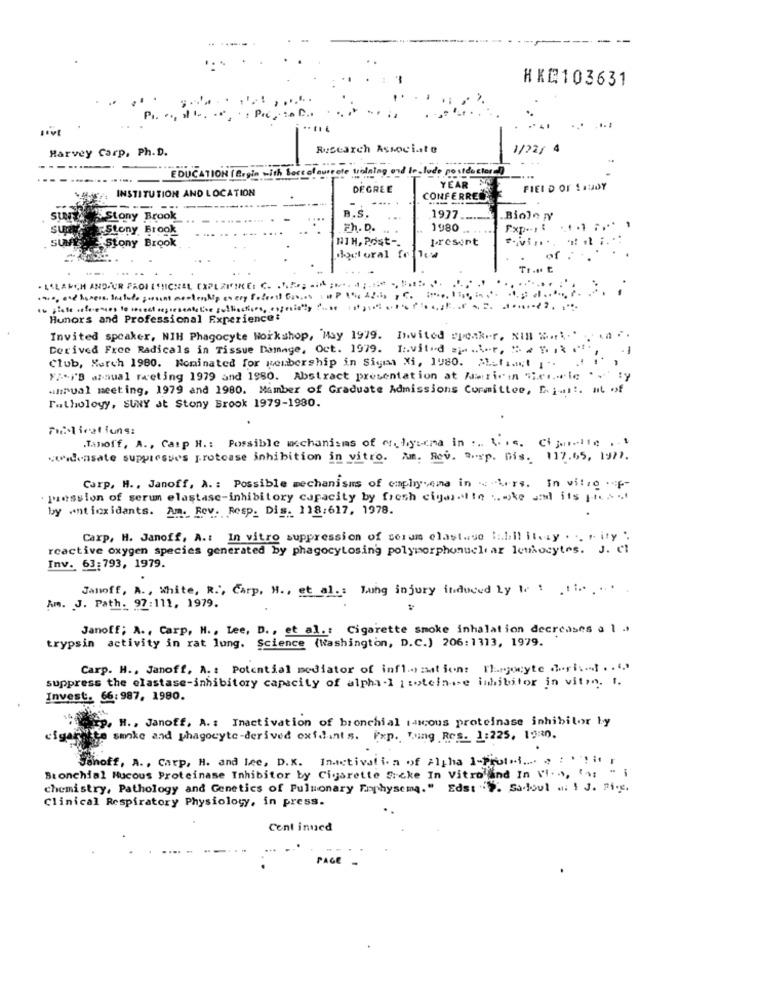
--
HKQ103631
.. ...
Harvey Carp, Ph. D.
Research Associate
1/22/ 4
-------
EDUCATION ( Ergin with face of ourrete woning and include postdoclos!)
.---.....
INSTITUTION AND LOCATION
DEGREE
YEAR
FIELD OF SHADY
CONFERRED
SUNY Stony Brook
B.S.
1977 ..
sur
Stony Brook
Fh. D.
1980
Fxp ··: :
SU
Stony Brook
NIH, Post -.
present
Fivi ...
doctoral fr lua
of
. LALANCH ANDFUR PROJETMICHEL EXPLAINICE: C. .....; .. ML ; .... . ; .:.*
to siste references to spread representative sulliactions, especially .De
Hunors and Professional Experience:
Invited speaker, NIH Phagocyte Workshop, May 1979. Invited speaker, NIB # .. .. .
Derived Free Radicals in Tissue Damage, Oct. 1979. I:vild ====
-1
Club, March 1980. Nominated for membership in Siges Xi, 1980. 2L-fiat i -.
YA -* I'S annual rweting 1979 and 1980. Abstract presentation at Wiricin ".e ... le
annual meeting, 1979 and 1980. Mamber of Graduate Admissions Cormittee, Dial !. at of
Pathology, SUNY at Stony Brook 1979-1980.
Folications:
.Tanoff, A ., Carp H .: Possible mechanisms of Muligsera in :. this. Cijoselle ...
cuidensate suppresses protcase inhibition in vitro. Am. Rev. R.rp. Dis. 117.65, 1977.
Carp, H ., Janoff, A. : Possible mechanisms of emphysema in . "\rs. In vitro .F-
pression of serum elastase-inhibitory capacity by fresh cigarette ... ke and its pt. ..
by antioxidants. Am. Rev. Resp. Dig. 118:617, 1978.
Carp, H. Janoff, A .: In vitro suppression of serum elast.se Iabil itety . .. r. ity ".
reactive oxygen species generated by phagocytosing polymorphonuclear leukocytes. J. Cl
Inv. 63:793, 1979.
Janoff, A ., White, R ., Carp. H ., et al .: Lung injury induced Ly c :
Am. J. Path. 97:111, 1979.
Janoff; A ., Carp, H ., Lee, D ., et al .: Cigarette smoke inhalation decreases a 1 .
trypsin activity in rat lung. Science (Washington, D.C.) 206:1313, 1979.
Carp. H ., Janoff, A. : Potential mediator of inflammation: Thegjocyte derisi .. 4.
suppress the elastase-inhibitory capacity of alpha-1 1:otein.se inhibitor in viton. I.
Invest. 66:987, 1980.
Sp. H ., Janoff, A .: Inactivation of bronchial acous proteinase inhibitor by
te smoke and phagocyte-derived oxidants. Pxp. Tuing Res. 1:225, 19:0.
Sonoff, A ., Carp, H. and lee, D.K. Inactivati. a of Alpha 1-Proto-i .... . : " ! it ,
Bronchial Mucous Proteinase Inhibitor by Cigarette Sicke In Vitro and In vio, ; "
chemistry, Pathology and Genetics of Pulmonary Fophysema." Edst " >. Sadoul .. ! J. Pi.g.
Clinical Respiratory Physiology, in press.
Cont inned